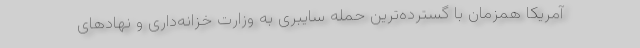
آمریکا همزمان با گسترده‌ترین حمله سایبری به وزارت خزانه‌داری و نهادهای